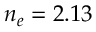
n _ { e } = 2 . 1 3